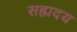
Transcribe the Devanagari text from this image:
सह्मदय